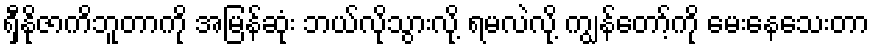
ရှီနိုဇာကိဘူတာကို အမြန်ဆုံး ဘယ်လိုသွားလို့ ရမလဲလို့ ကျွန်တော့်ကို မေးနေသေးတာ